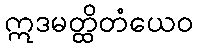
ဣဒမတ္ထိတံယေဝ